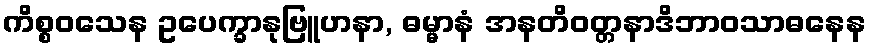
ကိစ္စဝသေန ဥပေက္ခာနုဗြူဟနာ, ဓမ္မာနံ အနတိဝတ္တနာဒိဘာဝသာဓနေန